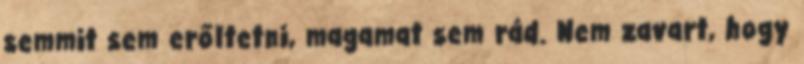
semmit sem erőltetni, magamat sem rád. Nem zavart, hogy